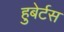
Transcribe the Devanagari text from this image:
हुबेर्टस